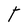
Character: T